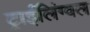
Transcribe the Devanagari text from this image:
ट्राईलिंग्वल